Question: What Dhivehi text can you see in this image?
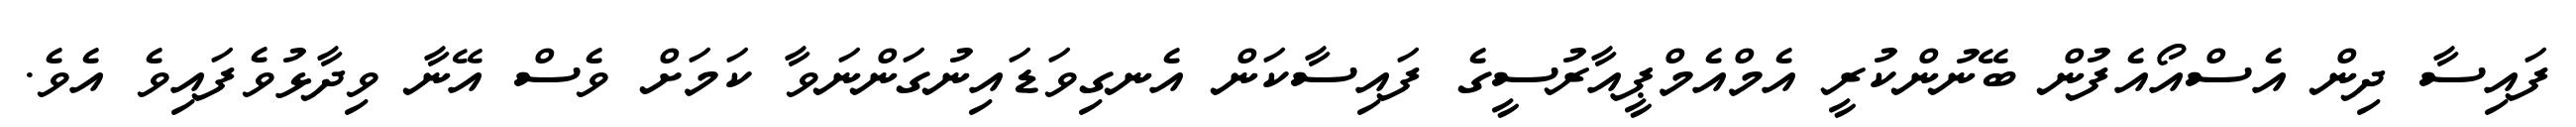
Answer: ފައިސާ ދިން އެސްއޯއެފުން ބޭނުންކުރީ އެމްއެމްޕީއާރުސީގެ ފައިސާކަން އެނގިވަޑައިނުގަންނަވާ ކަމަށް ވެސް އޭނާ ވިދާޅުވެފައިވެ އެވެ.